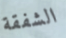
الشفقة